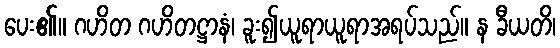
ပေး၏။ ဂဟိတ ဂဟိတဋ္ဌာနံ၊ ခူး၍ယူရာယူရာအရပ်သည်။ န ခီယတိ၊